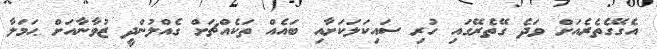
އެގޭގެތެރެއަށް ވަދެ ގޭތެރޭގައި ހުރި ސައިކަލަކަށާއި ބައެއް ތަކެއްޗަށް ގެއްލުންދީ ޒުވާނާއަށް ޙަމަލާ